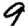
Digit: 9